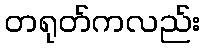
တရုတ်ကလည်း